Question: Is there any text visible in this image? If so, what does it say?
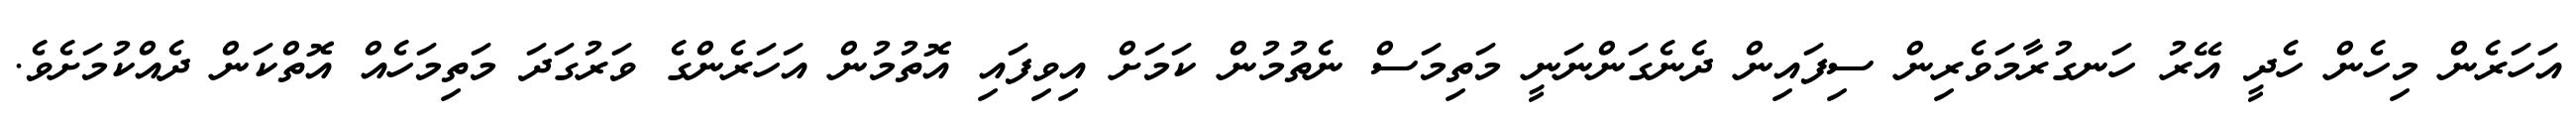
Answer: އަހަރެން މިހެން ހެދީ އޭރު ހަނގުރާމަވެރިން ސިފައިން ދެނެގަންނަނީ މަތިމަސް ނެތުމުން ކަމަށް އިވިފައި އޮތުމުން އަހަރެންގެ ވަރުގަދަ މަތިމަހެއް އޮތްކަން ދެއްކުމަށެވެ.